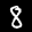
Label: 8